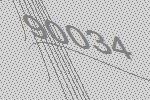
90034